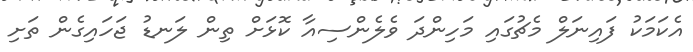
އެކަމަކު ފައިނަލް މެޗުގައި މަހިންދަ ވެލެންސިއާ ކޮޅަށް ތިން ލަނޑު ޖަހައިގެން ތަށި